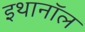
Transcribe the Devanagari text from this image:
इथानॉल